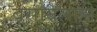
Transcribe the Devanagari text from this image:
बसायलाही